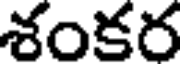
శంకర